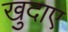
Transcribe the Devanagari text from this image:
खुदाए